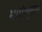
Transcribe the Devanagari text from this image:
भगोष्ठाने